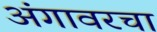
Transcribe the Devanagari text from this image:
अंगावरचा